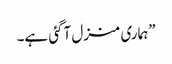
”ہماری منزل آگئی ہے۔